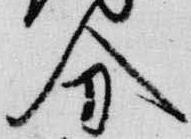
分